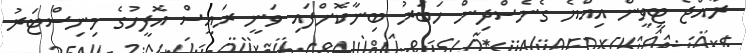
ރާއްޖެ ޓީވީން އިއްޔެ ގެނެސްދިން ޚަބަރު ބިނާކޮށްފައި ވަނީ ރައީސް އޮފީހުގެ މިނިސްޓަރު